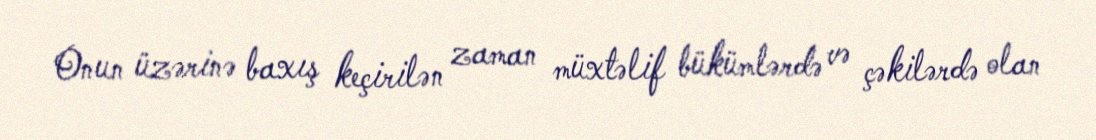
Onun üzərinə baxış keçirilən zaman müxtəlif bükümlərdə və çəkilərdə olan